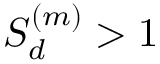
{ \cal S } _ { d } ^ { ( m ) } > 1